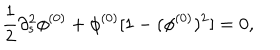
\frac { 1 } { 2 } \partial _ { s } ^ { 2 } \phi ^ { ( 0 ) } + \phi ^ { ( 0 ) } [ 1 - ( \phi ^ { ( 0 ) } ) ^ { 2 } ] = 0 ,